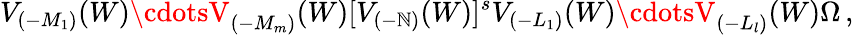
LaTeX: V_{(-M_{1})}(W)\cdotsV_{(-M_{m})}(W)[V_{(-\mathbb{N})}(W)]^{s}V_{(-L_{1})}(W)\cdotsV_{(-L_{l})}(W)\Omega\, ,